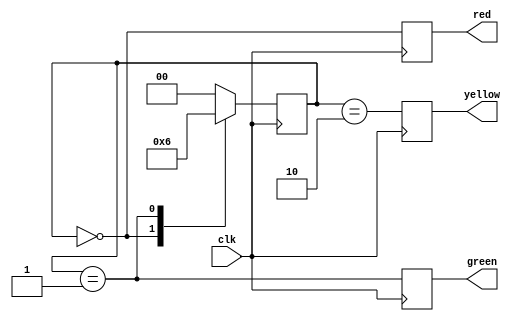
module traffic_light_controller(input clk, output reg red, green, yellow);

	parameter RED=2'b00, GREEN=2'b01, YELLOW=2'b10;
	reg [1:0] state=RED;
	
	always@(posedge clk) begin
		case(state) 
			RED:state<=GREEN;
			GREEN:state<=YELLOW;
			YELLOW:state<=RED;
			default:state<=RED;
		endcase
	end
	
	always@(posedge clk) begin
		red<=(state==RED);
		yellow<=(state==YELLOW);
		green<=(state==GREEN);
	end
	
endmodule